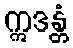
ဣဒန္တံ